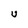
Character: U